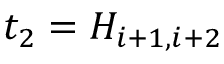
t _ { 2 } = H _ { i + 1 , i + 2 }